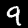
Digit: 9